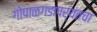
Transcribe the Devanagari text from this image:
गोपाळगडापर्यंतचा